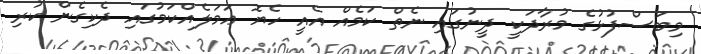
މިބަސްފުޅުގެ މުރާދަކީ ދީނުގައި ނެތް ކަމެއް އެއީ ހެޔޮ ޢަމަލެއްކަމުގައި ދެކިގެން ކުރި